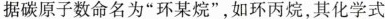
据碳原子数命名为”环某烷”，如环丙烷，其化学式